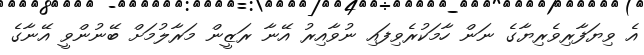
އެ ވިޔަފާރިވެރިޔާގެ ނަން ހާމަކުރެވިފައި ނުވާއިރު އޭނާ ރަޒީން މަރާލުމަށް ބޭނުންވީ އޭނާގެ